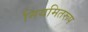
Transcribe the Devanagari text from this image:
नियमितरूप